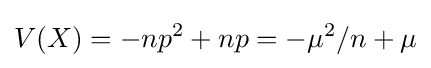
V(X)=-np^{2}+np=-\mu ^{2}/n+\mu